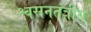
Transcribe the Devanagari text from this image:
श्वसनतंत्रीय